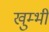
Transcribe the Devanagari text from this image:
खुम्भी